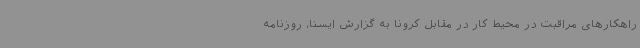
راهکارهای مراقبت در محیط کار در مقابل کرونا به گزارش ایسنا، روزنامه